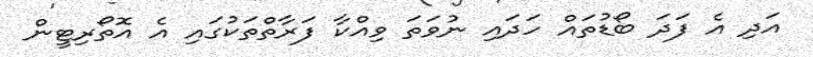
އަދި އެ ފަދަ ބޯޑުތައް ހަދައި ނުވަތަ ވިއްކާ ފަރާތްތަކުގައި އެ އޮތޯރިޓީން